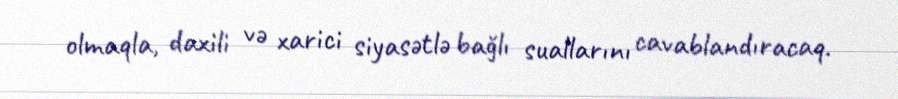
olmaqla, daxili və xarici siyasətlə bağlı suallarını cavablandıracaq.